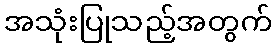
အသုံးပြုသည့်အတွက်